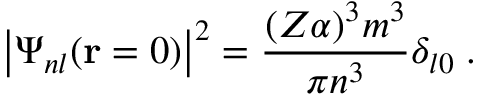
\big \vert \Psi _ { n l } ( { \bf r } = 0 ) \big \vert ^ { 2 } = \frac { ( Z \alpha ) ^ { 3 } m ^ { 3 } } { \pi n ^ { 3 } } \delta _ { l 0 } \; .